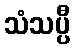
သံသပ္ပီ